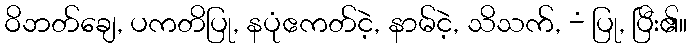
ဝိဘတ်ချေ, ပကတိပြု, နပုံဧကတ်ငဲ့, နာမ်ငဲ့, သိသက်, -ံ ပြု, ပြီး၏။